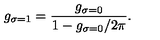
g _ { \sigma = 1 } = \frac { g _ { \sigma = 0 } } { 1 - g _ { \sigma = 0 } / 2 \pi } .